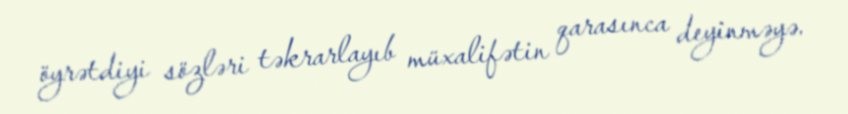
öyrətdiyi sözləri təkrarlayıb müxalifətin qarasınca deyinməyə.